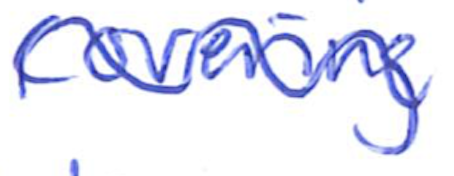
Text: covering
Cross-out: wave
Writing tool: ballpoint